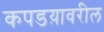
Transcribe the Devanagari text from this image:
कपडय़ावरील